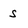
Character: s